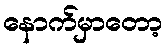
နောက်မှာတော့